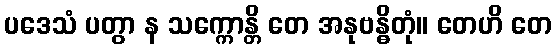
ပဒေသံ ပတွာ န သက္ကောန္တိ တေ အနုဗန္ဓိတုံ။ တေဟိ တေ